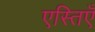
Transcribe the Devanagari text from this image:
एस्तिएँ